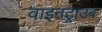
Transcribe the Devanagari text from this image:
वाइनट्राउब